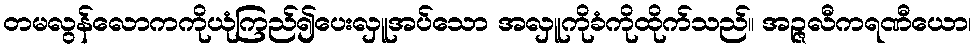
တမလွန်လောကကိုယုံကြည်၍ပေးလှူအပ်သော အလှူကိုခံကိုထိုက်သည်။ အဉ္ဇလီကရဏီယော၊